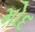
મોદ